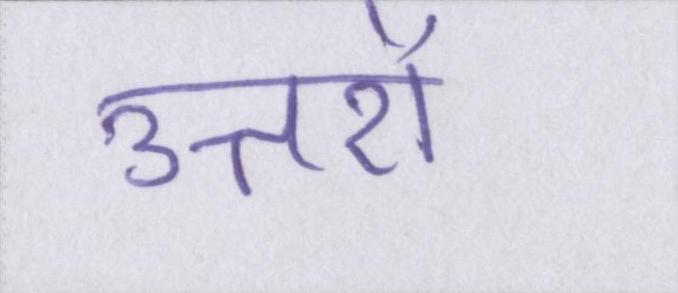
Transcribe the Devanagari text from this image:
उत्तरों